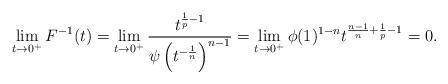
LaTeX: \begin{align*}\lim_{t \to 0^+}F^{-1}(t) = \lim_{t \to 0^+}\frac{t^{\frac1p-1}}{\psi \left(t^{- \frac{1}{n}} \right)^{n-1}} = \lim_{t \to 0^+} \phi(1)^{1-n} t^{\frac{n-1}{n}+ \frac1p -1} =0.\end{align*}